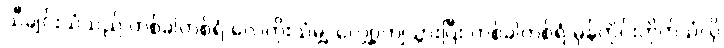
သီချင်းသံသည် တစ်ခါတစ်ရံ လေတိုးသံမျှ လျှော့ကျသွားပြီး တစ်ခါတစ်ရံ မုန်တိုင်းတိုက်သံလို